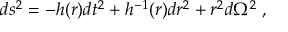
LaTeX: d s ^ { 2 } = - h ( r ) d t ^ { 2 } + h ^ { - 1 } ( r ) d r ^ { 2 } + r ^ { 2 } d \Omega ^ { 2 } \; ,